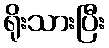
ရိုးသားပြီး